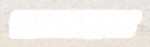
ফোনো